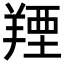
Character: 𦎣